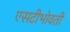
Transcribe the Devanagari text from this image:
एसटीभोवती